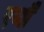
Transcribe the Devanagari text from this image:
एर्य्थ्रैँ